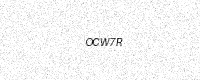
Text: OCW7R